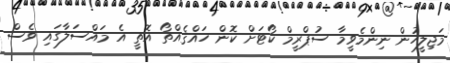
މަޖިލީހުން ނިންމެވީމާ ސުޕްރީމް ކޯޓަށް ކޮން ހައްޤެއްތޯ އޮތީ އެ މައްސަލާގައި ވެސް